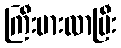
ကြီးမားလာပြီး